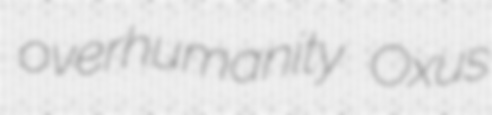
overhumanity Oxus